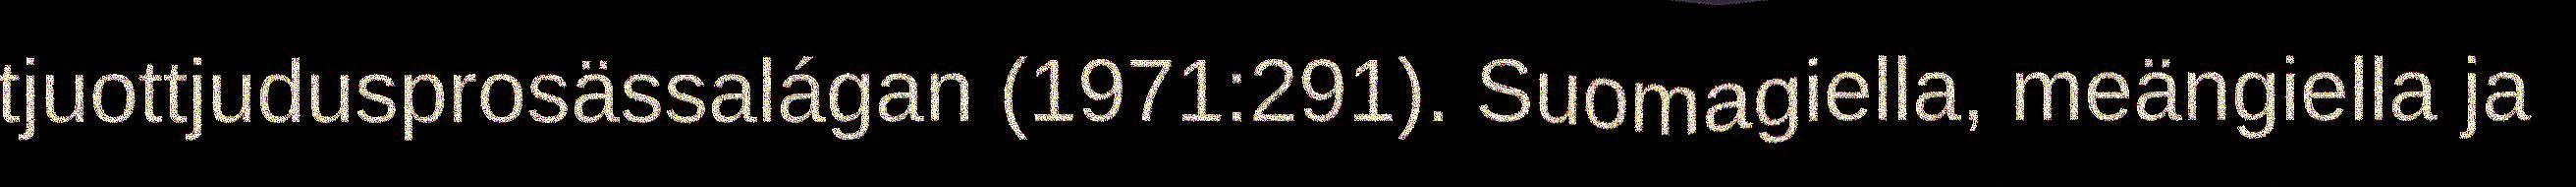
tjuottjudusprosässalágan (1971:291). Suomagiella, meängiella ja